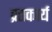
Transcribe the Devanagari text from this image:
व्रतकार्य